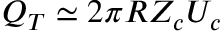
{ Q _ { T } \simeq 2 \pi R Z _ { c } U _ { c } }